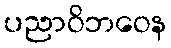
ပညာဝိဘဝေန